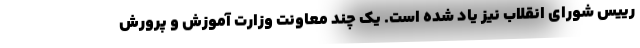
رییس شورای انقلاب نیز یاد شده است. یک چند معاونت وزارت آموزش و پرورش